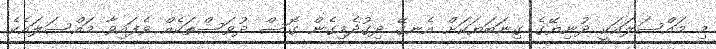
މި މައްސަލައަކީ ދުނިޔޭގެ ގިނަބަޔަކަށް އެނގޭ ދިގުދެމިގެން ގޮސް ދުވަސްތަކެއް ވެފައިވާ މައްސަލައެކެ.